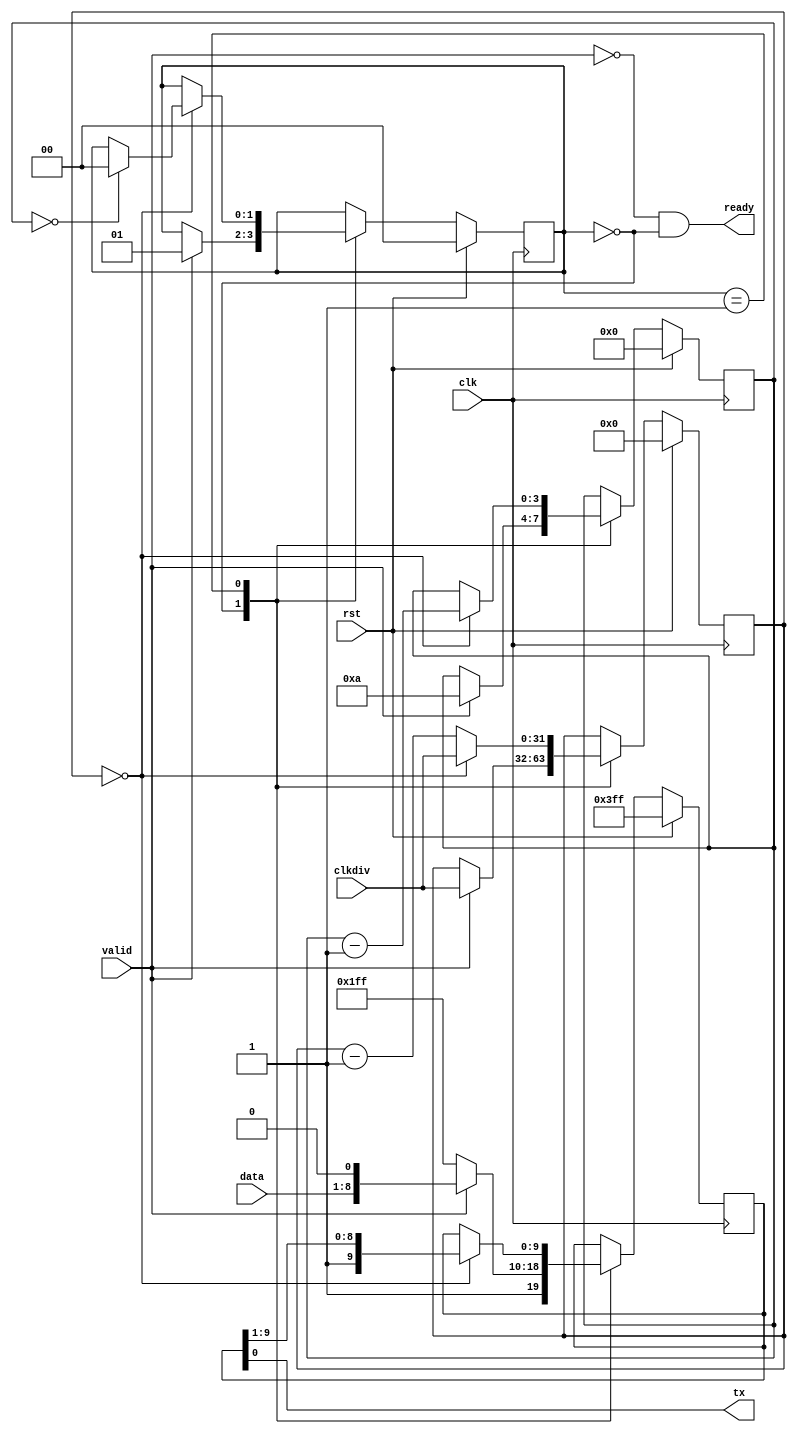
`default_nettype none
module uart_tx (
    clk, rst,
    clkdiv,
    valid, ready, data,
    tx,
);
    input clk; input rst;
    input [31:0] clkdiv;
    input valid; output ready;
    input [7:0] data;
    output tx;
    
    reg [9:0] pattern;
    reg [3:0] bitcnt;
    
    reg [31:0] clkcnt;

    assign tx = pattern[0];

    reg [1:0] state;
    
    localparam IDLE = 0;
    localparam BUSY = 1;

    assign ready = !valid && state == IDLE;
    
    always @ (posedge clk) if(rst) begin
        state <= IDLE;
        clkcnt <= 0;
        bitcnt <= 0;
        pattern <= 10'b1111111111;
    end else case(state)
        IDLE: begin
            pattern <= 10'b1111111111;
            if(valid) begin
                pattern <= {1'b1, data, 1'b0};
                bitcnt <= 10;
                clkcnt <= clkdiv;
                state <= BUSY;
            end
        end
        BUSY: begin
            clkcnt <= clkcnt - 1;
            if(clkcnt == 0) begin
                clkcnt <= clkdiv;
                pattern <= {1'b1, pattern[9:1]};
                bitcnt <= bitcnt - 1;
                if(bitcnt == 0) state <= IDLE;
            end
        end
    endcase
endmodule